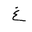
Letter: _gayn